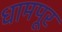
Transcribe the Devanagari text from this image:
धामपूर